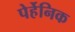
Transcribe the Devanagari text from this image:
पेर्हेनिक